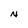
Character: x